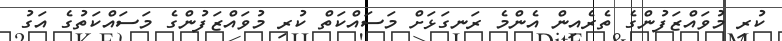
ކުރި މުވައްޒަފުންގެ ތެރެއިން އެންމެ ރަނގަޅަށް މަސައްކަތް ކުރި މުވައްޒަފުންގެ މަސައްކަތުގެ އަގު